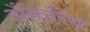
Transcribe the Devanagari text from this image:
अँकरिंग